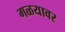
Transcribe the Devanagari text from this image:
गळयावर